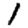
Digit: 1